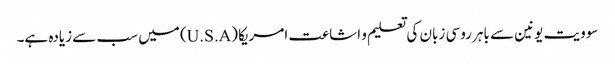
سوویت یونین سے باہر روسی زبان کی تعلیم و اشاعت امریکا (U.S.A) میں سب سے زیادہ ہے۔